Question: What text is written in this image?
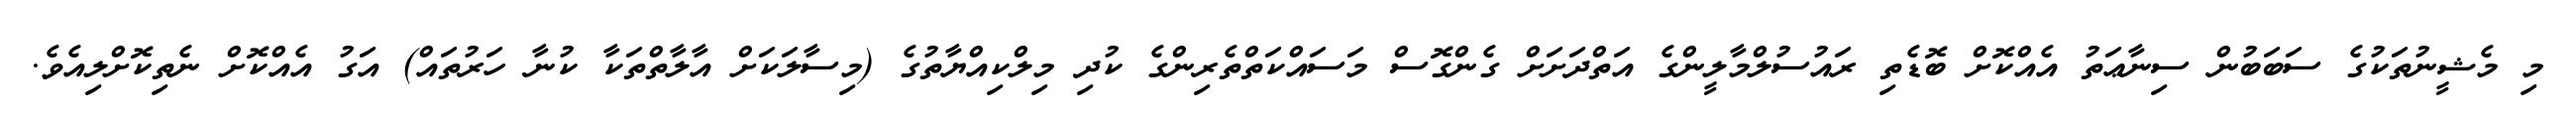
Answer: މި މެޝީނުތަކުގެ ސަބަބުން ސިނާޢަތު އެއްކޮށް ބޮޑެތި ރައުސުލްމާލީންގެ އަތްދަށަށް ގެންގޮސް މަސައްކަތްތެރިންގެ ކުދި މިލްކިއްޔާތުގެ (މިސާލަކަށް އާލާތްތަކާ ކުނާ ހަރުތައް) އަގު އެއްކޮށް ނެތިކޮށްލިއެވެ.